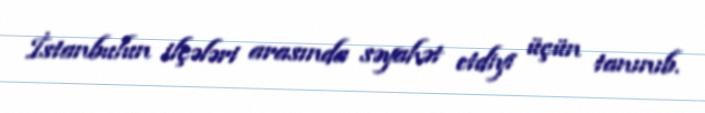
İstanbulun ilçələri arasında səyahət etdiyi üçün tanınıb.